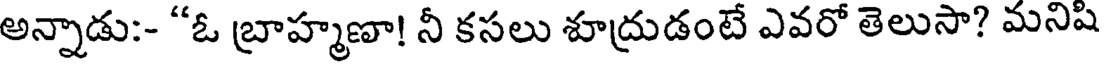
అన్నాడు:- "ఓ బ్రాహ్మణా! నీ కసలు శూద్రుడంటే ఎవరో తెలుసా? మని